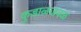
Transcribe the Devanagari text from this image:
कुडाळजवळ